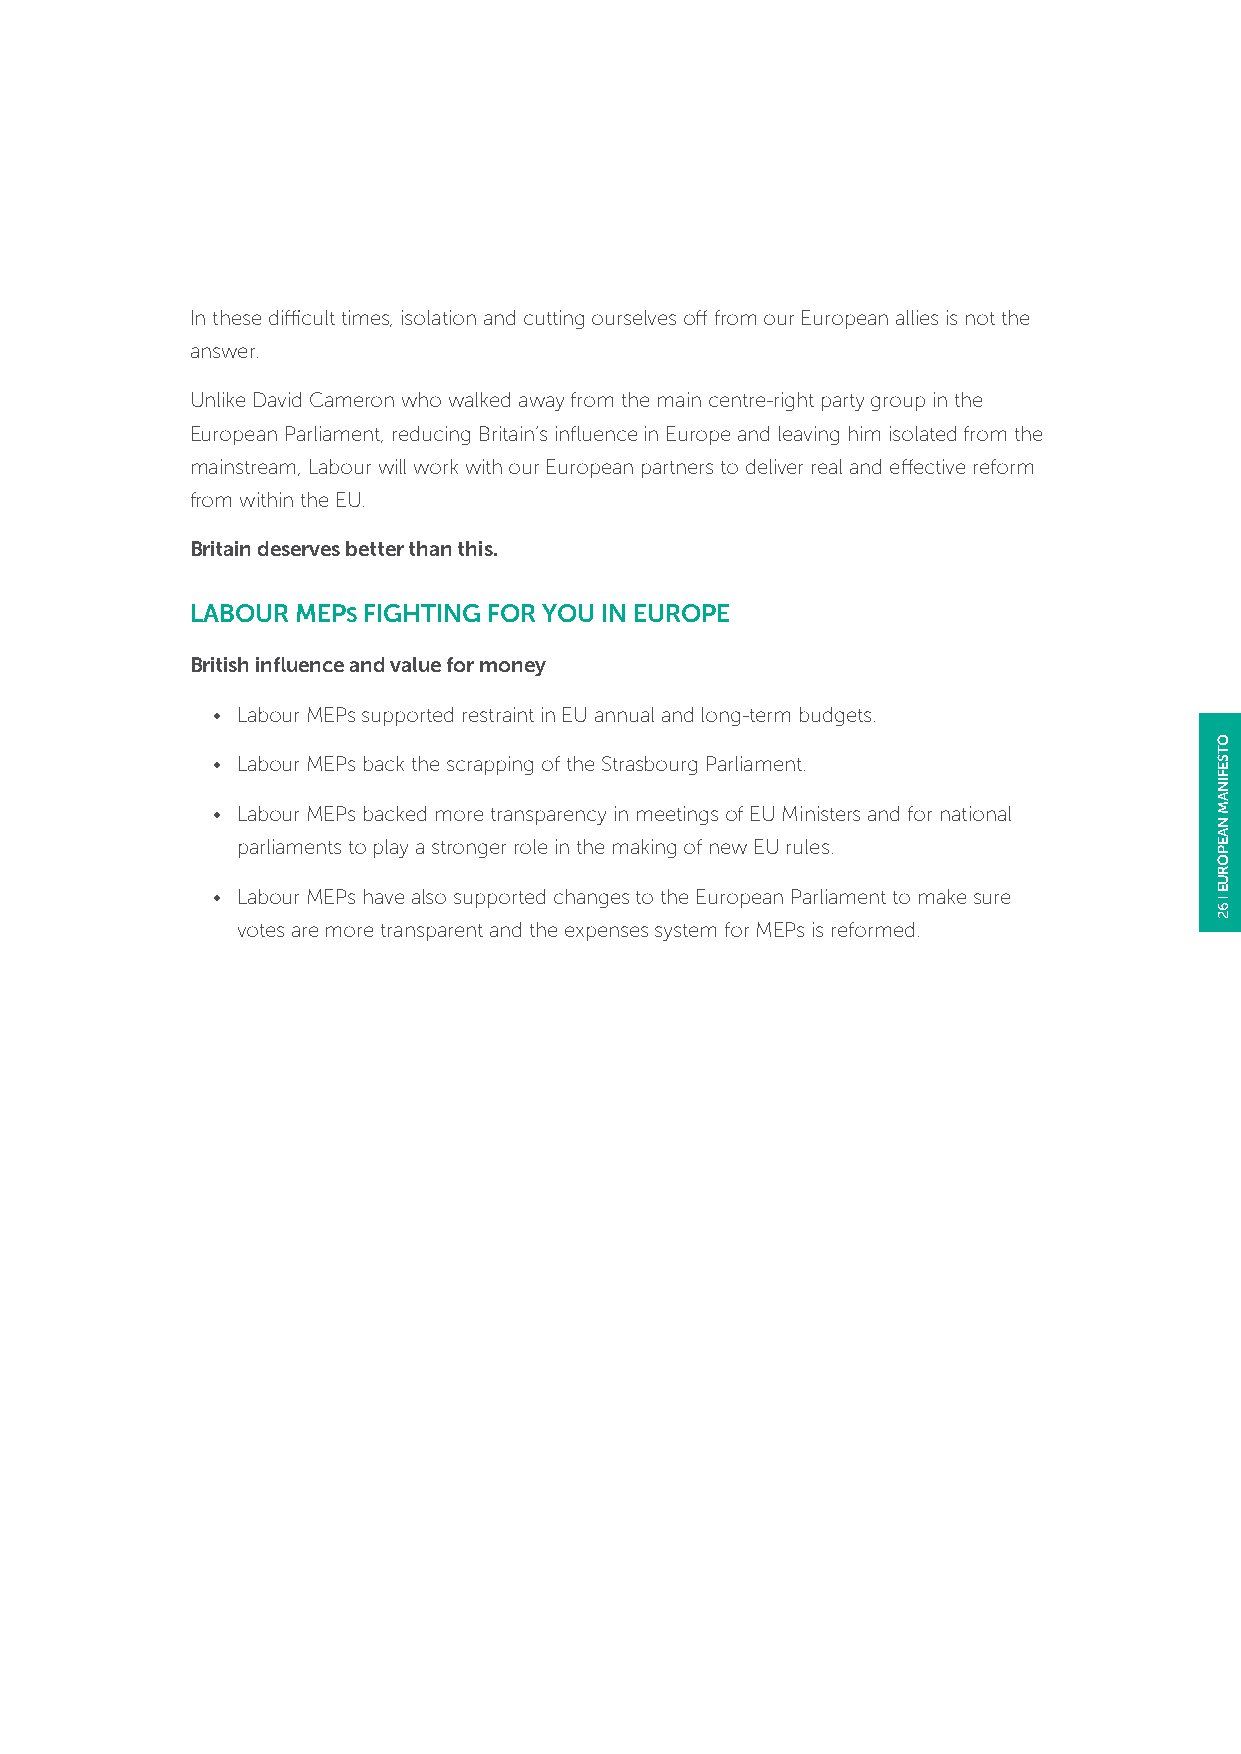
In these difficult times, isolation and cutting ourselves off from our European allies is not the
 answer.
 Unlike David Cameron who walked away from the main centre-right party group in the
 European Parliament, reducing Britain’s influence in Europe and leaving him isolated from the
 mainstream, Labour will work with our European partners to deliver real and effective reform
 from within the EU.
 Britain deserves better than this.
 LABOUR MEPS FIGHTING FOR YOU IN EUROPE
 British influence and value for money
 • Labour MEPs supported restraint in EU annual and long-term budgets.
 • Labour MEPs back the scrapping of the Strasbourg Parliament.
 • Labour MEPs backed more transparency in meetings of EU Ministers and for national
 parliaments to play a stronger role in the making of new EU rules.
 • Labour MEPs have also supported changes to the European Parliament to make sure
 votes are more transparent and the expenses system for MEPs is reformed.
 OTSEFINAM
 NAEPORUE
 62